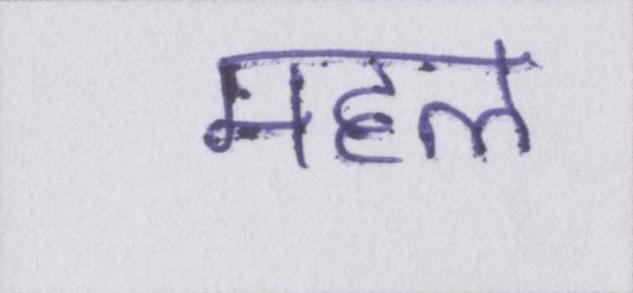
महल